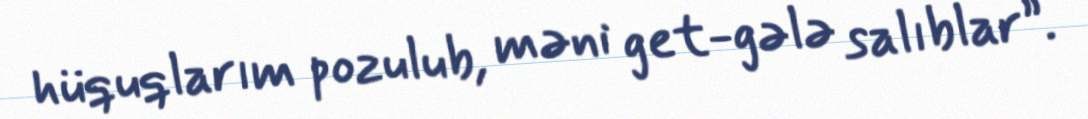
hüquqlarım pozulub, məni get-gələ salıblar”.